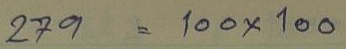
279 = 100 x 100